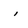
Character: i